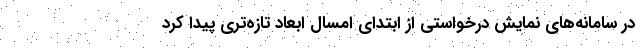
در سامانه‌های نمایش درخواستی از ابتدای امسال ابعاد تازه‌تری پیدا کرد